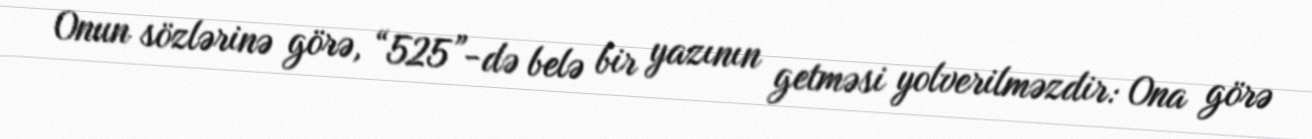
Onun sözlərinə görə, “525”-də belə bir yazının getməsi yolverilməzdir: Ona görə